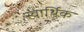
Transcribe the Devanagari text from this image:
स्वार्थिक